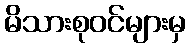
မိသားစုဝင်များမှ